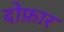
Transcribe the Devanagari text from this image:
दोफ़ार